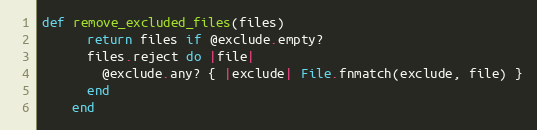
Language: Ruby
def remove_excluded_files(files)
      return files if @exclude.empty?
      files.reject do |file|
        @exclude.any? { |exclude| File.fnmatch(exclude, file) }
      end
    end